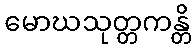
မောဃသုတ္တကန္တိ